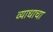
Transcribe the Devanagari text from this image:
व्याधाचा